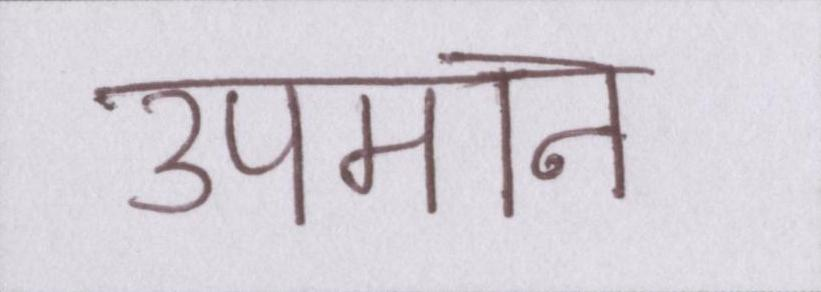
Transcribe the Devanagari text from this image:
उपमान